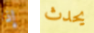
إذا يحدث